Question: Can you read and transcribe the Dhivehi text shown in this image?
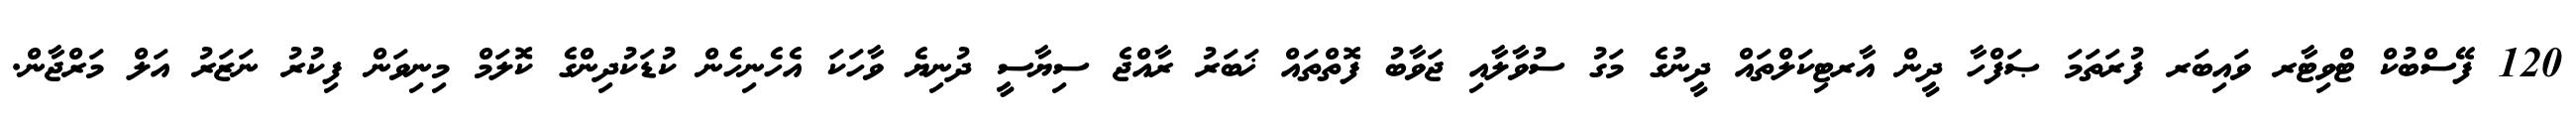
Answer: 120 ފޭސްބުކް ޓްވިޓާރ ވައިބަރ ފުރަތަމަ ޞަފްހާ ދީން އާރޓިކަލްތައް ދީނުގެ މަގު ސުވާލާއި ޖަވާބު ފޮތްތައް ޚަބަރު ރާއްޖެ ސިޔާސީ ދުނިޔެ ވާހަކަ އެހެނިހެން ކުޑަކުދިންގެ ކޮލަމް މިނިވަން ފިކުރު ނަޒަރު އަލް މަރްޖާން.